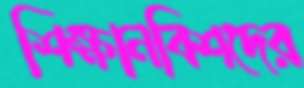
শিক্ষানবিশদের